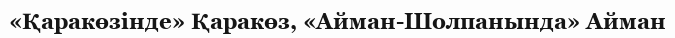
«Қаракөзінде» Қаракөз, «Айман-Шолпанында» Айман